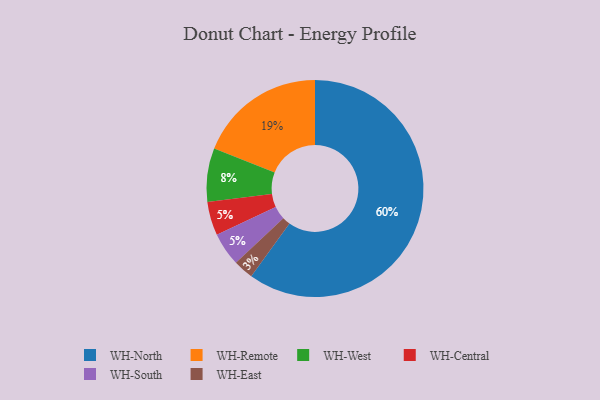
{"axis": {"x": "Category", "y": "Percentage"}, "legend": ["WH-Central", "WH-East", "WH-North", "WH-Remote", "WH-South", "WH-West"], "data": [{"x": "WH-West", "y": 8, "type": "WH-West"}, {"x": "WH-East", "y": 3, "type": "WH-East"}, {"x": "WH-Remote", "y": 19, "type": "WH-Remote"}, {"x": "WH-Central", "y": 5, "type": "WH-Central"}, {"x": "WH-North", "y": 60, "type": "WH-North"}, {"x": "WH-South", "y": 5, "type": "WH-South"}]}